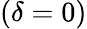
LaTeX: (\delta=0)